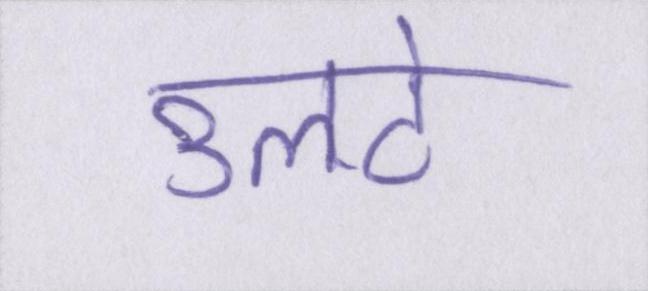
उलटे